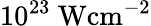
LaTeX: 10^{23}\mathrm{~Wcm^{-2}}